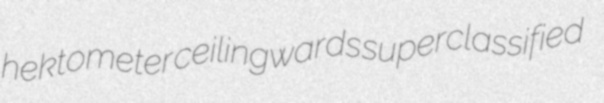
hektometer ceilingwards superclassified